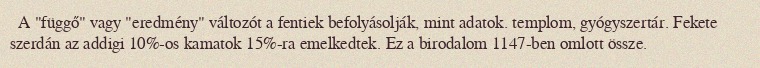
A "függő" vagy "eredmény" változót a fentiek befolyásolják, mint adatok. templom, gyógyszertár. Fekete szerdán az addigi 10%-os kamatok 15%-ra emelkedtek. Ez a birodalom 1147-ben omlott össze.